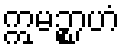
ဣမဉ္စာဟံ